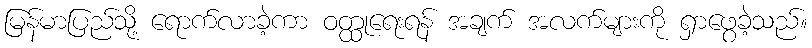
မြန်မာပြည်သို့ ရောက်လာခဲ့ကာ ဝတ္ထုရေးရန် အချက် အလက်များကို ရှာဖွေခဲ့သည်။